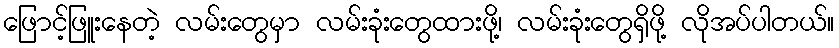
ဖြောင့်ဖြူးနေတဲ့ လမ်းတွေမှာ လမ်းခုံးတွေထားဖို့၊ လမ်းခုံးတွေရှိဖို့ လိုအပ်ပါတယ်။